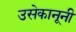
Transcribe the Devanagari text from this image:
उसेकानूनी